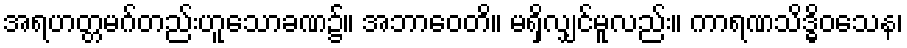
အရဟတ္တမဂ်တည်းဟူသောခဏ၌။ အဘာဝေတိ။ မရှိလျှင်မူလည်း။ ကာရဏသိဒ္ဓိဝသေန၊